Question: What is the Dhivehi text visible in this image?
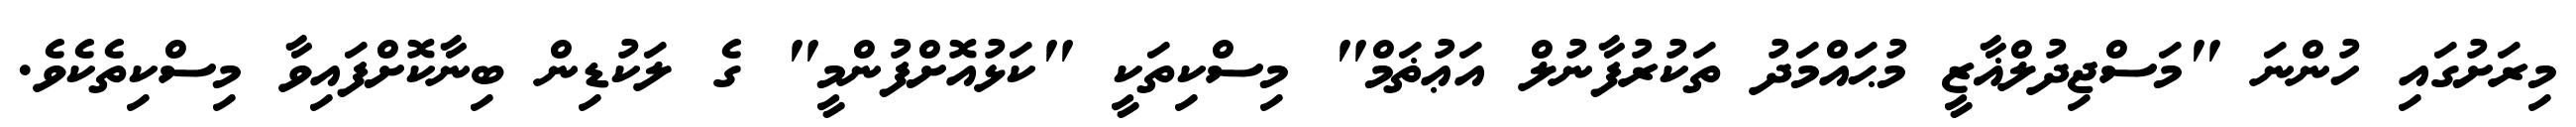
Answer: މިރަށުގައި ހުންނަ "މަސްޖިދުލްޣާޒީ މުޙައްމަދު ތަކުރުފާނުލް އަޢުޡަމް" މިސްކިތަކީ "ކަޅުއޮށްފުންމީ" ގެ ލަކުޑިން ބިނާކޮށްފައިވާ މިސްކިތެކެވެ.